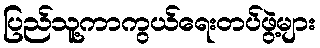
ပြည်သူ့ကာကွယ်ရေးတပ်ဖွဲ့များ